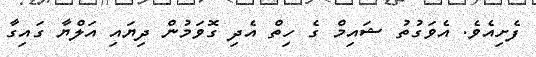
ފެށިއެވެ. އެވަގުތު ޝައިމް ގެ ހިތް އެދި ގޮވަމުން ދިޔައި އަލްޔާ ގައިގާ